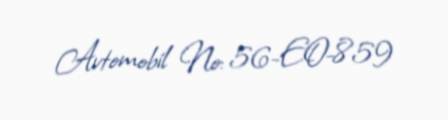
Avtomobil №: 56-EO-859